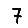
Digit: 7